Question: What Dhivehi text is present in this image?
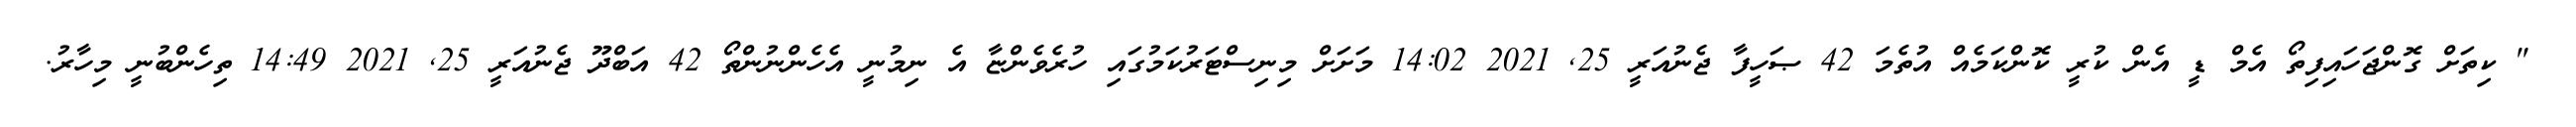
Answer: " ކިތަށް ގޮންޖަހައިފިތޯ އެމް ޑީ އެން ކުރީ ކޮންކަމެއް އުތެމަ 42 ޞަހީފާ ޖެނުއަރީ 25, 2021 14:02 މަށަށް މިނިސްޓަރުކަމުގައި ހުރެވެންޏާ އެ ނިމުނީ އެހެންނުންތޯ 42 އަބްދޫ ޖެނުއަރީ 25, 2021 14:49 ތިހެންބުނީ މިހާރު.